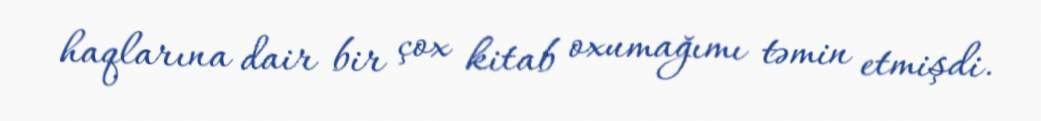
haqlarına dair bir çox kitab oxumağımı təmin etmişdi.